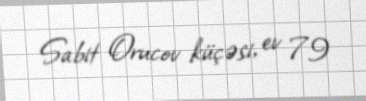
Sabit Orucov küçəsi, ev 79